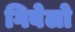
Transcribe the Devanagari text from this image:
गिबेलो